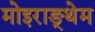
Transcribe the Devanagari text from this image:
मोइराङ्थेम